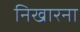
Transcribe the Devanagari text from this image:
निखारना